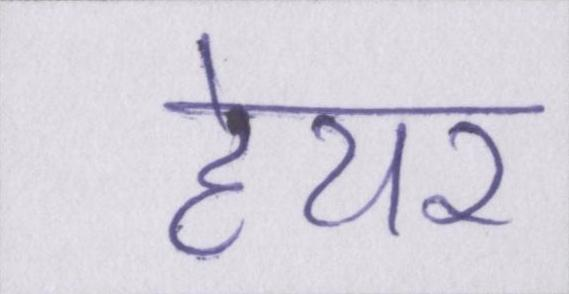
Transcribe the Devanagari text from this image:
हेयर